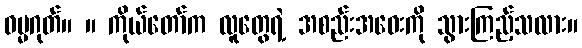
ဓမ္မဂုတ်။ ။ ကိုယ်တော်က လူတွေရဲ့ အစည်းအဝေးကို သွားကြည့်သလား။